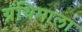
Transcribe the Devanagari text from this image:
ग्रंथिमाला